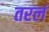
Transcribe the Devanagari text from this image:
तरलं